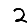
Digit: 2